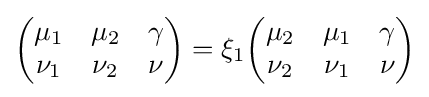
{\begin{pmatrix}\mu _{1}&\mu _{2}&\gamma \\\nu _{1}&\nu _{2}&\nu \end{pmatrix}}=\xi _{1}{\begin{pmatrix}\mu _{2}&\mu _{1}&\gamma \\\nu _{2}&\nu _{1}&\nu \end{pmatrix}}